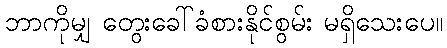
ဘာကိုမျှ တွေးခေါ်ခံစားနိုင်စွမ်း မရှိသေးပေ။